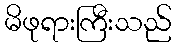
မိဖုရားကြီးသည်